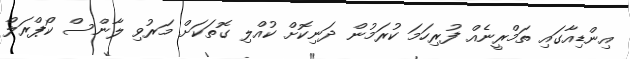
އިންޑިއާގައި ތަމްރީނެއް ފުރިހަމަ ކުރަމުން ދަނިކޮށް ކުއްލި ގޮތަކަށް މަރުވި ލާންސް ކޯޕްރަލް